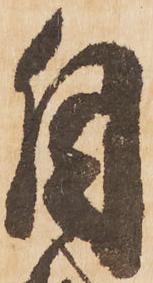
自